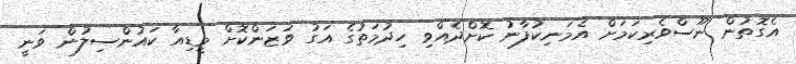
އެގޮތުން ނޫސްވެރިކަމަށް އެމަނިކުފާނު ކޮށްދެއްވި ހިދުމަތުގެ އަގު ވަޒަންކޮށް މީޑިއާ ކައުންސިލުން ވަނީ